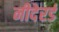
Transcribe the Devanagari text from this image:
नीदेरर्ड